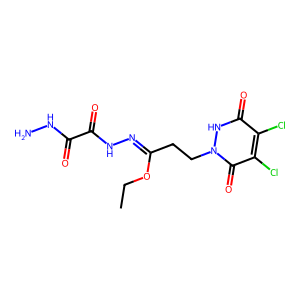
SMILES: CCOC(CCn1[nH]c(=O)c(Cl)c(Cl)c1=O)=NNC(=O)C(=O)NN
Inhibits HIV replication: No